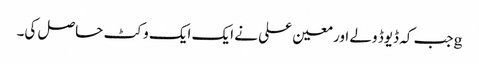
gجب کہ ڈیوڈ ولے اور معین علی نے ایک ایک وکٹ حاصل کی۔